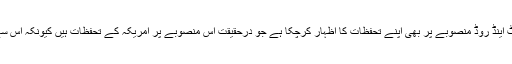
بھارت سی پیک کو ہی سبوتاژ کرنے کے درپے نہیں بلکہ چین کے بیلٹ اینڈ روڈ منصوبے پر بھی اپنے تحفظات کا اظہار کرچکا ہے جو درحقیقت اس منصوبے پر امریکہ کے تحفظات ہیں کیونکہ اس سے امریکہ کو خطے میں اپنی بالادستی کو خطرات لاحق نظر آرہے ہیں۔